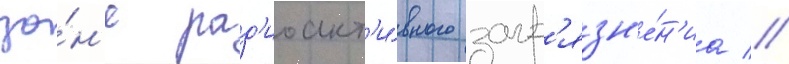
зо́н'е рад'иоакт'и́вного загр'язн'е́н'иа //